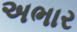
અભાર